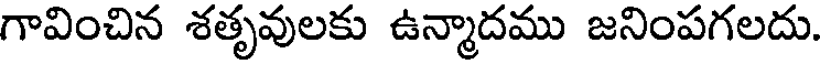
గావించిన శతృవులకు ఉన్మాదము జనింపగలదు.